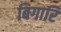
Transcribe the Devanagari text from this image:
बिगारि